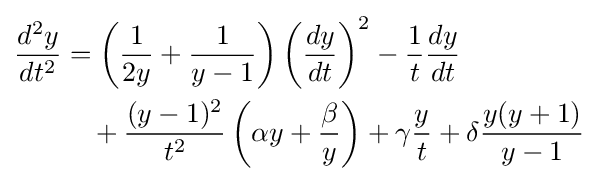
{\begin{aligned}{\frac {d^{2}y}{dt^{2}}}&=\left({\frac {1}{2y}}+{\frac {1}{y-1}}\right)\left({\frac {dy}{dt}}\right)^{2}-{\frac {1}{t}}{\frac {dy}{dt}}\\&\quad +{\frac {(y-1)^{2}}{t^{2}}}\left(\alpha y+{\frac {\beta }{y}}\right)+\gamma {\frac {y}{t}}+\delta {\frac {y(y+1)}{y-1}}\\\end{aligned}}